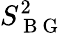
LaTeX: S_{\mathrm{~B~G~}}^{2}